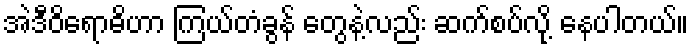
အဲဒီဝိရောဓိဟာ ကြယ်တံခွန် တွေနဲ့လည်း ဆက်စပ်လို့ နေပါတယ်။